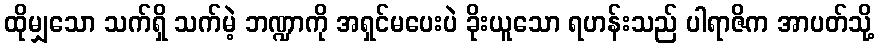
ထိုမျှသော သက်ရှိ သက်မဲ့ ဘဏ္ဍာကို အရှင်မပေးပဲ ခိုးယူသော ရဟန်းသည် ပါရာဇိက အာပတ်သို့